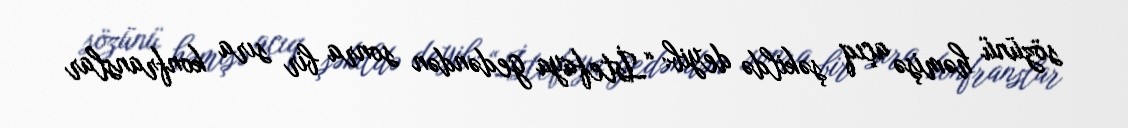
sözünü həmişə açıq şəkildə deyib: “İstefaya gedəndən sonra bir sıra konfranslar